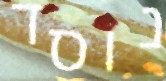
נוסד